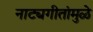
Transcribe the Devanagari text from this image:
नाट्यगीतांमुळे